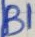
Text: B1